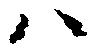
ハ